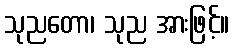
သုညတော၊ သုည အားဖြင့်။